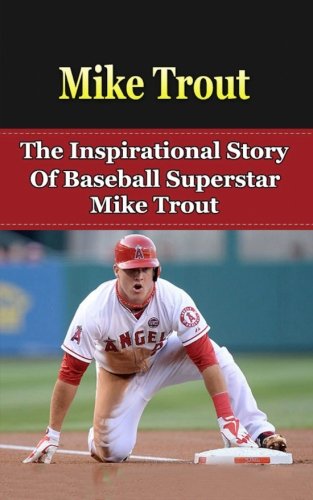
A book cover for Mike Trout: The Inspirational Story of Baseball Superstar Mike Trout (Mike Trout Unauthorized Biography, Los Angeles Angels of Anaheim, MLB Books); Bill Redban; Biographies & Memoirs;